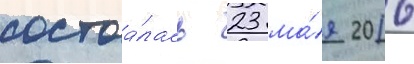
состоа́лась 23 ма́я 2016